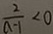
\frac { 2 } { a - 1 } < 0